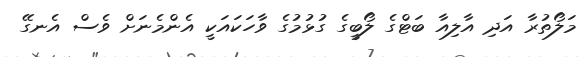
މަލޯތުރާ އަދި އާލިއާ ބަޓްގެ ލޯބީގެ ގުޅުމުގެ ވާހަކައަކީ އެންމެނަށް ވެސް އެނގޭ